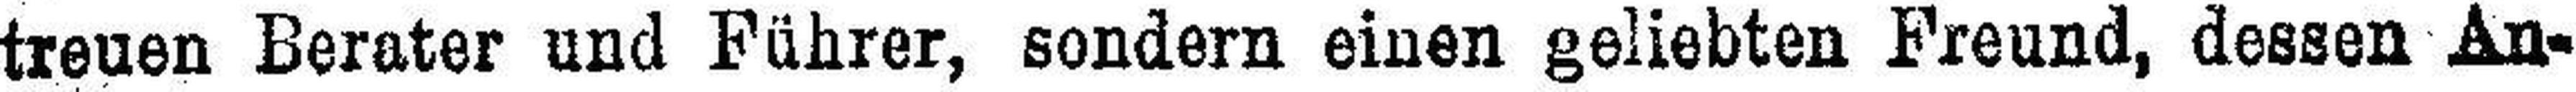
treuen Berater und Führer, sondern einen geliebten Freund, dessen An¬